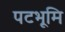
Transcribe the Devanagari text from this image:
पटभूमि